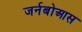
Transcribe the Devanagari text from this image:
जर्नबोआस